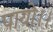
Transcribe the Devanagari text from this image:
पायो।।